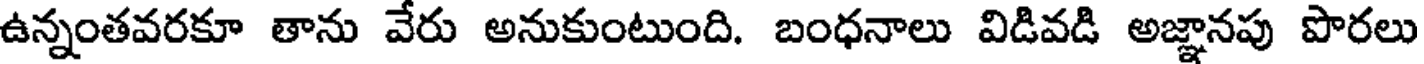
ఉన్నంతవరకూ తాను వేరు అనుకుంటుంది. బంధనాలు విడివడి అజ్ఞానపు పొరలు